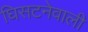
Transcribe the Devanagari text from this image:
घिसटनेवाली